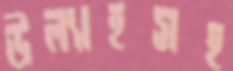
উল্যাহসহ